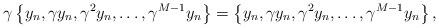
LaTeX: \begin{align*}\gamma \left\{ y_n, \gamma y_n, \gamma^2 y_n, \dots, \gamma^{M-1} y_n\right\} = \left\{ y_n, \gamma y_n, \gamma^2 y_n, \dots, \gamma^{M-1} y_n\right\},\end{align*}